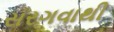
સરગવાથી